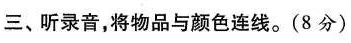
三、听录音,将物品与颜色连线.(8分)